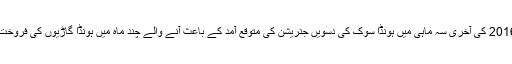
ماہرین کا کہنا ہے کہ مالی سال 2016 کی آخری سہ ماہی میں ہونڈا سِوک کی دسویں جنریشن کی متوقع آمد کے باعث آنے والے چند ماہ میں ہونڈا گاڑیوں کی فروخت میں مزید کمی دیکھی جائے گی۔